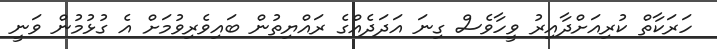
ހަރަކާތް ކުރިއަށްދާއިރު ވީހާވެސް ގިނަ އަދަދެއްގެ ރައްޔިތުން ބައިވެރިވުމަށް އެ ގުޅުމުން ވަނީ